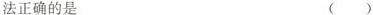
法正确的是 ( )